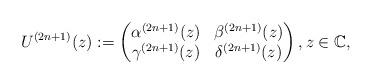
LaTeX: \begin{align*} U^{(2n+1)}(z):= \begin{pmatrix} \alpha^{(2n+1)}(z) & \beta^{(2n+1)}(z)\\ \gamma^{(2n+1)} (z)& \delta^{(2n+1)}(z) \end{pmatrix}, z\in {\mathbb C}, \end{align*}